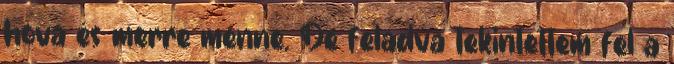
hova és merre menne. De feladva tekintettem fel a